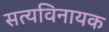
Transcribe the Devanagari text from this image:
सत्यविनायक